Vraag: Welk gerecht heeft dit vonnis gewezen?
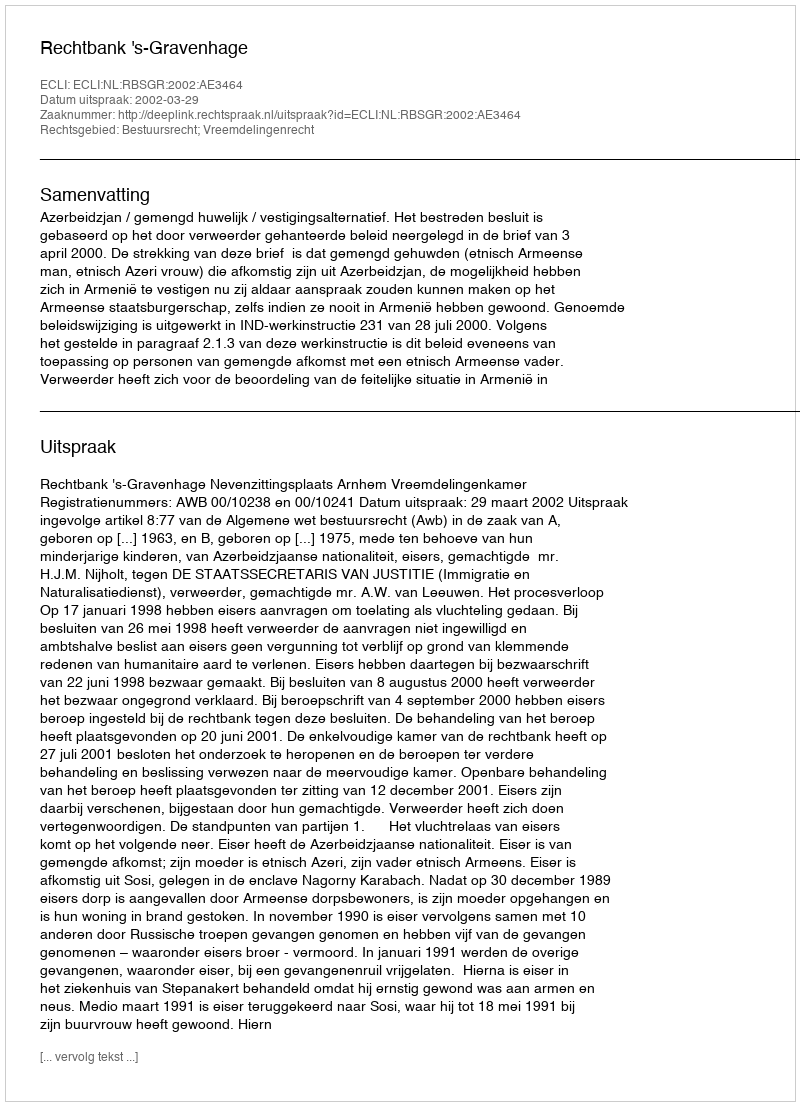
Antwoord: Rechtbank 's-Gravenhage